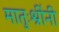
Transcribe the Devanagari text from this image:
मातुःश्रींनी